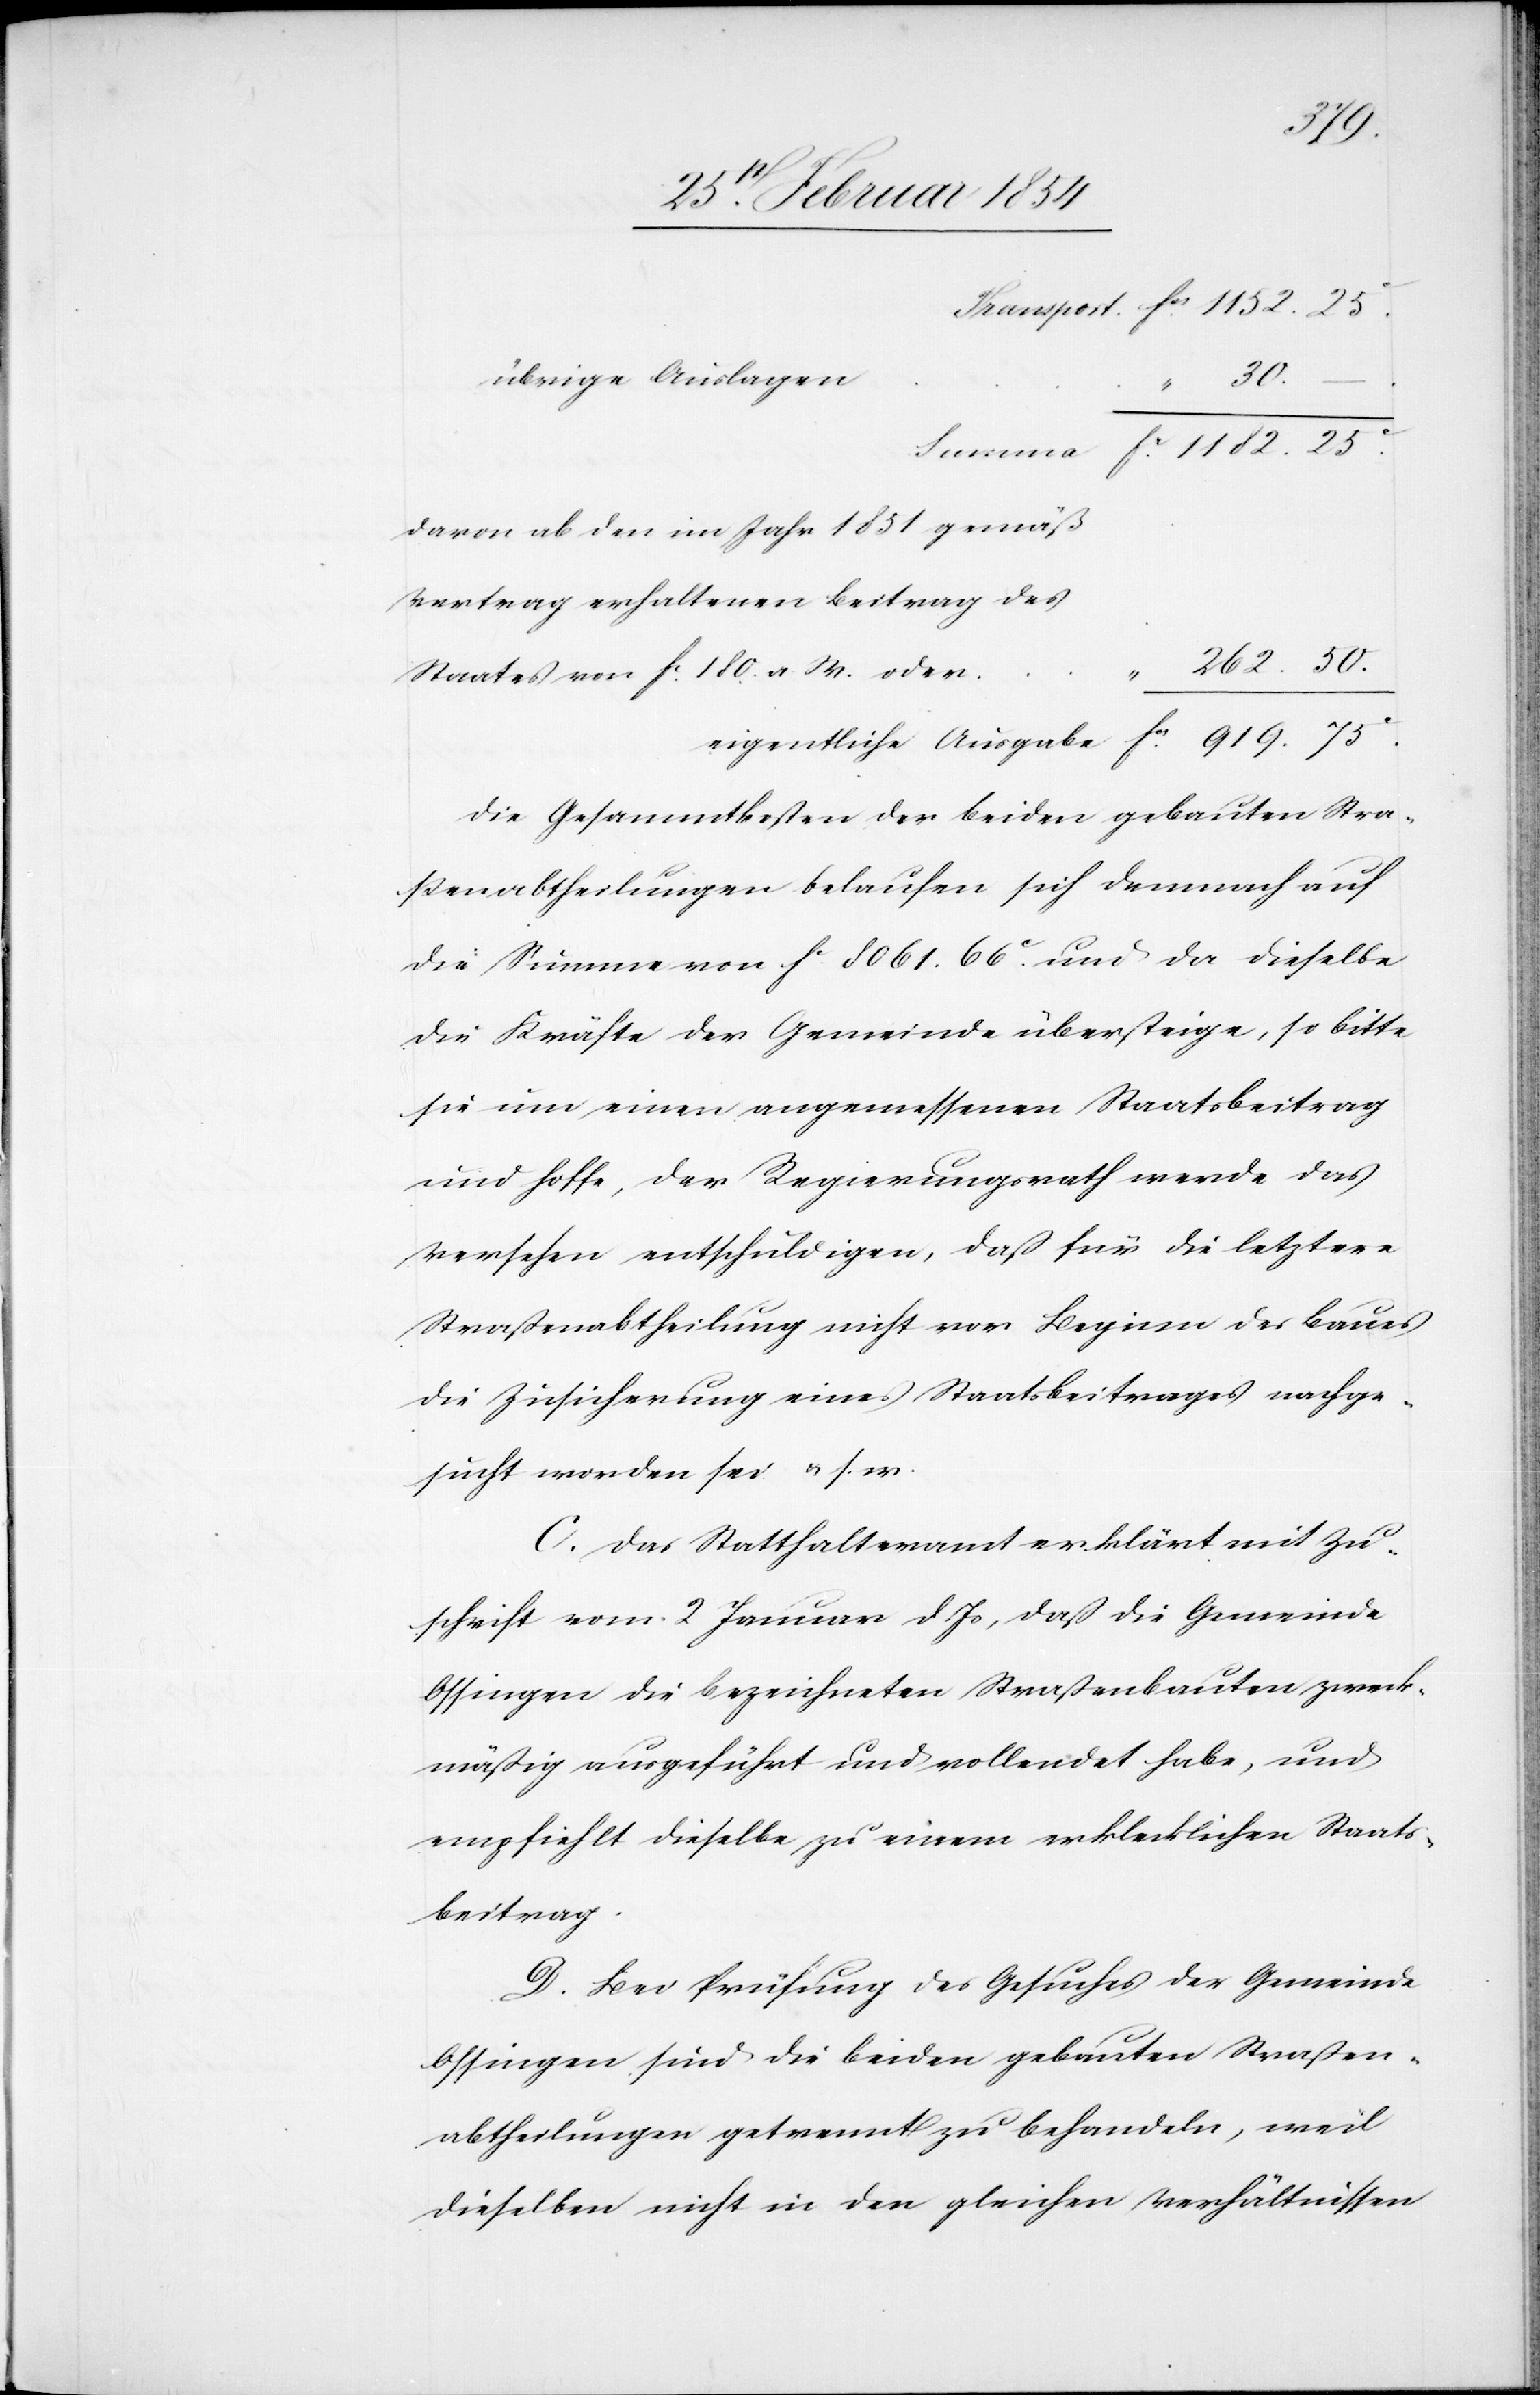
übrige Auslagen
30.–
davon ab den im Jahr 1851 gemäß
Vertrag erhaltenen Beitrag des
Staates von Fc 180. a W. oder
„
Die Gesammtkosten der beiden gebauten Stra¬
ßenabtheilungen belaufen sich demnach auf
die Summe von Fc 8061.66c und da dieselbe
die Kräfte der Gemeinde übersteige, so bitte
sie um einen angemessenen Staatsbeitrag
und hoffe, der Regierungsrath werde das
Verfahren entschuldigen, daß für die letztere
Straßenabtheilung nicht vor Beginn des Baues
die Zusicherung eines Staatsbeitrages nachge¬
sucht worden sei u. s. w.
C. Das Statthalteramt erklärt mit Zu¬
schrift vom 2 Januar d. Js, daß die Gemeinde
Ossingen die bezeichneten Straßenbauten zweck¬
mäßig ausgeführt und vollendet habe, und
empfiehlt dieselbe zu einem erklecklichen Staats¬
beitrag.
D. Bei Prüfung des Gesuches der Gemeinde
Ossingen sind die beiden gebauten Straßen¬
abtheilungen getrennt zu behandeln, weil
dieselben nicht in den gleichen Verhältnissen